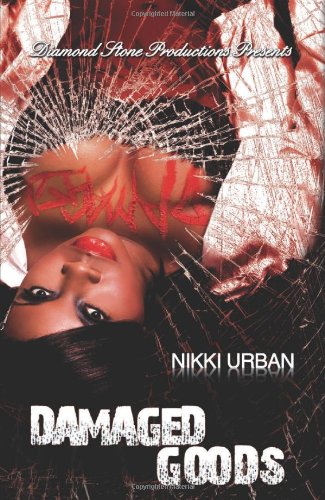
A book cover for Damaged Goods; Nikki Urban; Literature & Fiction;